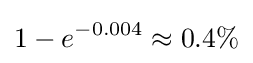
1-e^{-0.004}\approx 0.4\%